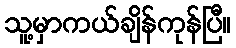
သူ့မှာကယ်ချိန်ကုန်ပြီ။